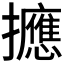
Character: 𪯂